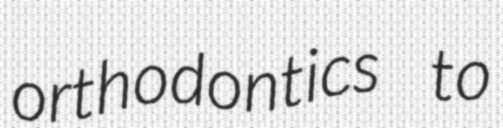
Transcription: orthodontics to